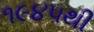
૧૯૪૫થી